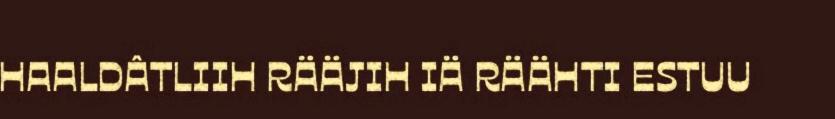
HAALDÂTLIIH RÄÄJIH IÄ RÄÄHTI ESTUU